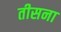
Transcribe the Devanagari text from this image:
तीसना